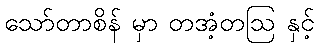
သော်တာစိန် မှာ တအံ့တဩ နှင့်